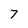
Character: 7